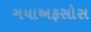
ગયાઅફસોસ